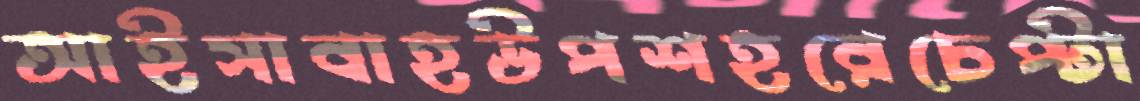
আইসাবাহউপশহরেচেপ্‌টা